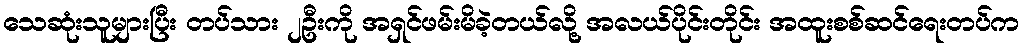
သေဆုံးသူများပြီး တပ်သား ၂ဦးကို အရှင်ဖမ်းမိခဲ့တယ်လို့ အလယ်ပိုင်းတိုင်း အထူးစစ်ဆင်ရေးတပ်က